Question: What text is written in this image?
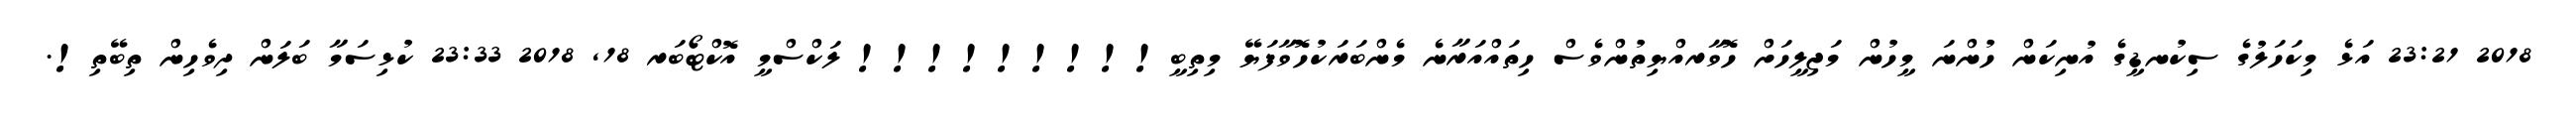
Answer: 2018 23:21 އަޅެ މިކަހަލުގެ ސިކުނޑީގެ އުނިކަން ހުންނަ މީހުން މަޖިލީހަށް ހޮވާރއްޔިތުންވެސް ހިތައްއަރާނެ މެންބަރަކުހޮވާފަޔޭ މިތިބީ!!!!!!!!! ލަކްސްމީ އޮކްޓޯބަރ 18, 2018 23:33 ކުޅިސަމާ ބަލަން ދިވެހިން ތިބޭތި!.